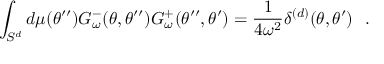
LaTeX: \int _ { S ^ { d } } d \mu ( \theta ^ { \prime \prime } ) G _ { \omega } ^ { - } ( \theta , \theta ^ { \prime \prime } ) G _ { \omega } ^ { + } ( \theta ^ { \prime \prime } , \theta ^ { \prime } ) = { \frac { 1 } { 4 \omega ^ { 2 } } } \delta ^ { ( d ) } ( \theta , \theta ^ { \prime } ) ~ ~ .